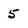
Character: 5